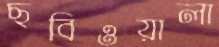
ছবিওয়ালা